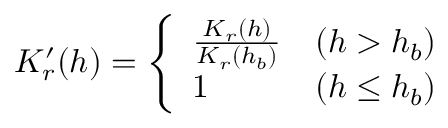
K _ { r } ^ { \prime } ( h ) = \left\{ \begin{array} { l l } { \frac { K _ { r } ( h ) } { K _ { r } ( h _ { b } ) } } & { ( h > h _ { b } ) } \\ { 1 } & { ( h \le h _ { b } ) } \end{array} \right.